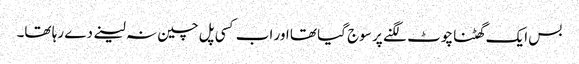
بس ایک گھٹنا چوٹ لگنے پر سوج گیا تھا اور اب کسی پل چین نہ لینے دے رہا تھا۔